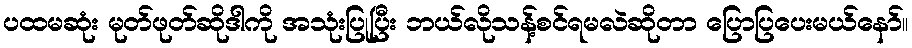
ပထမဆုံး မုတ်ဖုတ်ဆိုဒါကို အသုံးပြုပြီး ဘယ်လိုသန့်စင်ရမလဲဆိုတာ ပြောပြပေးမယ်နော်။